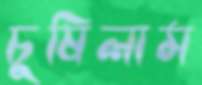
চুষিলাম